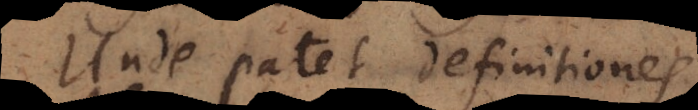
Unde patet definitiones